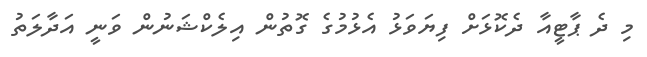
މި ދެ ޕާޓީއާ ދެކޮޅަށް ފިޔަވަޅު އެޅުމުގެ ގޮތުން އިލެކްޝަނުން ވަނީ އަދާލަތު